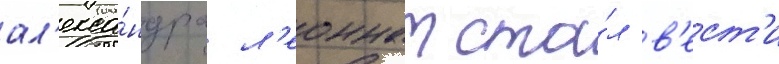
ал'екса́ндра л'еоннат ста́л в'ест'и